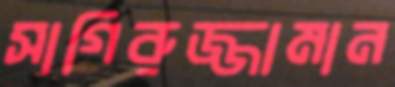
সাগিরুজ্জামান